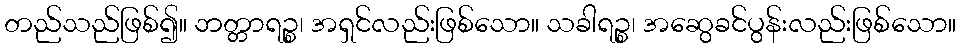
တည်သည်ဖြစ်၍။ ဘတ္တာရဉ္စ၊ အရှင်လည်းဖြစ်သော။ သခါရဉ္စ၊ အဆွေခင်ပွန်းလည်းဖြစ်သော။